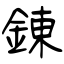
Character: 錬